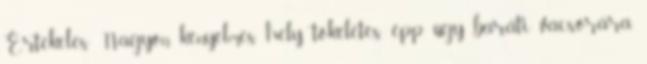
Értékelés: Nagyon kényelmes hely, tökéletes épp úgy baráti vacsorára,